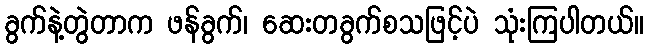
ခွက်နဲ့တွဲတာက ဖန်ခွက်၊ ဆေးတခွက်စသဖြင့်ပဲ သုံးကြပါတယ်။